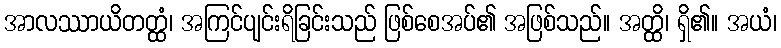
အာလဿာယိတတ္ထံ၊ အကြင်ပျင်းရိခြင်းသည် ဖြစ်စေအပ်၏ အဖြစ်သည်။ အတ္ထိ၊ ရှိ၏။ အယံ၊